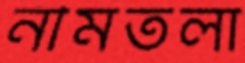
নীমতলা